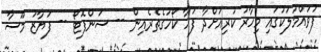
ފުވައްމުލަކުގައި މިހާރު ކުރިއަށްދާ ފަހާ ކޯހުގެތެރެއިން -- ސަންފޮޓޯ -- ފަޔާޒު މޫސާ